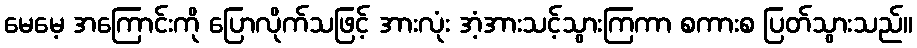
မေမေ့ အကြောင်းကို ပြောလိုက်သဖြင့် အားလုံး အံ့အားသင့်သွားကြကာ စကားစ ပြတ်သွားသည်။